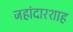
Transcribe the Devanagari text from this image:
जहांदारशाह